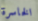
الخاسرة